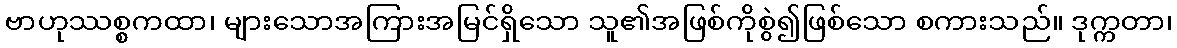
ဗာဟုဿစ္စကထာ၊ များသောအကြားအမြင်ရှိသော သူ၏အဖြစ်ကိုစွဲ၍ဖြစ်သော စကားသည်။ ဒုက္ကတာ၊